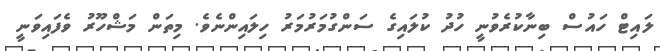
ލައިޓް ހައުސް ބިނާކުރެވުނީ ހުދު ކުލައިގެ ސަންގުމަރުމަރު ހިލައިންނެވެ. މިތަން މަޝްހޫރު ވެފައިވަނީ